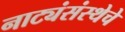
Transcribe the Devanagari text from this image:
नाट्यंसंस्थेचे